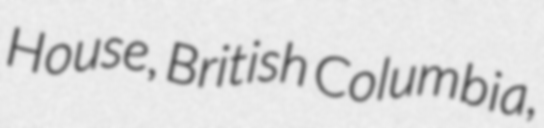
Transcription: House, British Columbia,